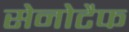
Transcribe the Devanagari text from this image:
सेनोटैफ